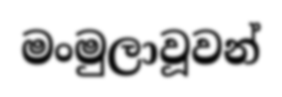
මංමුලාවූවන්